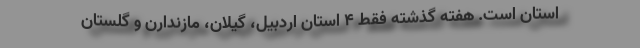
استان است. هفته گذشته فقط ۴ استان اردبیل، گیلان، مازندارن و گلستان